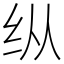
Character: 纵